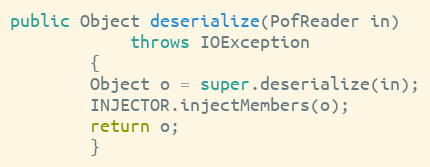
Language: Java
public Object deserialize(PofReader in)
            throws IOException
        {
        Object o = super.deserialize(in);
        INJECTOR.injectMembers(o);
        return o;
        }